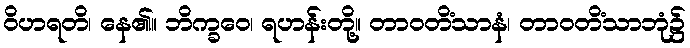
ဝိဟရတိ၊ နေ၏။ ဘိက္ခဝေ၊ ရဟန်းတို့။ တာဝတိံသာနံ၊ တာဝတိံသာဘုံ၌